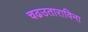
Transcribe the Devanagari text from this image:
चढउताराविना